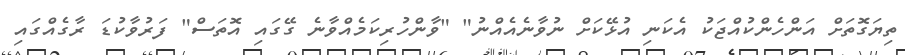
ތިޔަގޮތަށް އަންހެންކުއްޖަކު އެކަނި އުޅޭކަށް ނުވާނެއެއްނު" "ވާންހުރިކަމެއްވާނެ ގޭގައި އޮތަސް" ފަރުވާކުޑަ ރާގެއްގައި